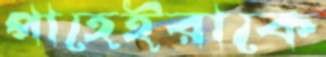
পাহেইরাকে